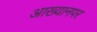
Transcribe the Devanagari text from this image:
आख्यानपर